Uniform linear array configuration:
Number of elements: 12
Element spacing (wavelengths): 1
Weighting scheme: uniform
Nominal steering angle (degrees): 0
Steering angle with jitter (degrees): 1.25
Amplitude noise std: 0.05
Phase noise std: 0.05

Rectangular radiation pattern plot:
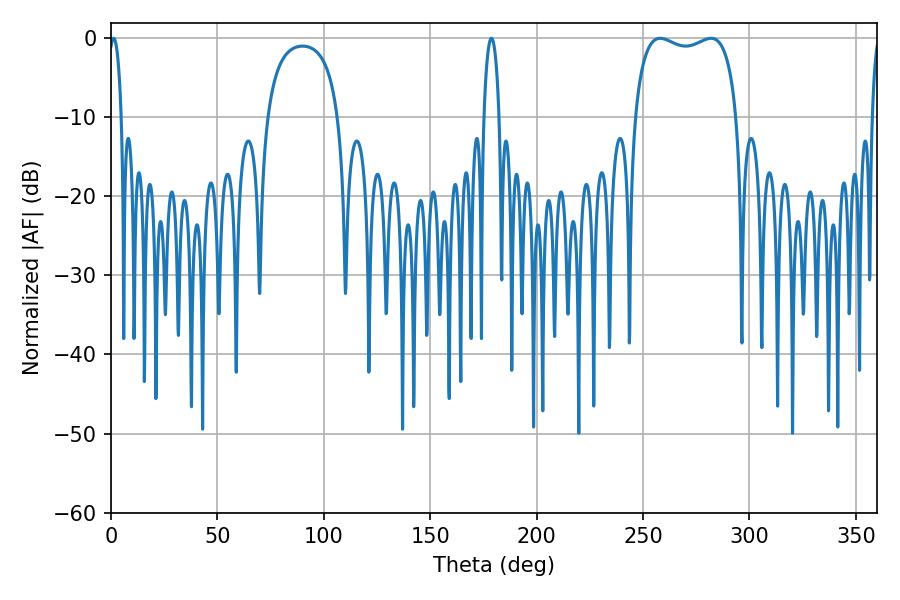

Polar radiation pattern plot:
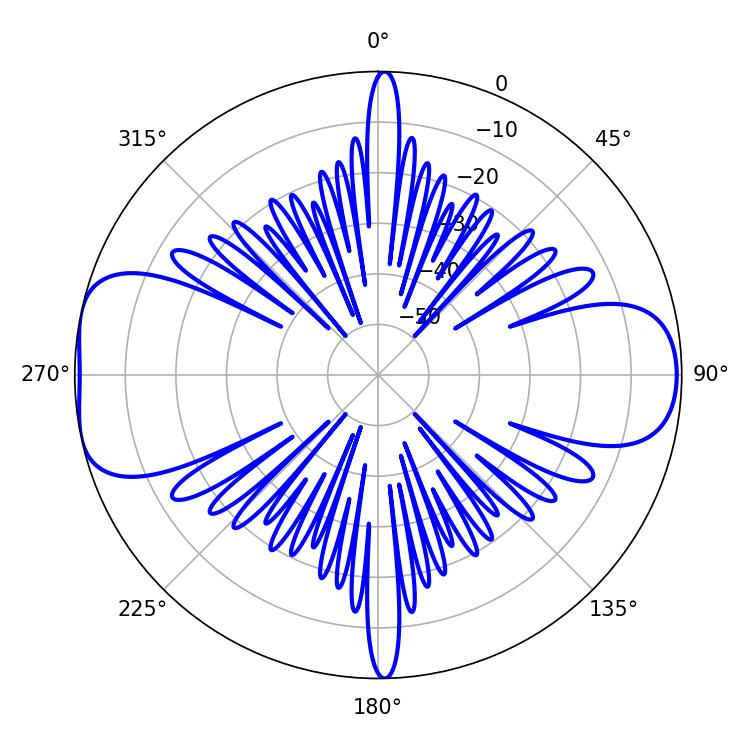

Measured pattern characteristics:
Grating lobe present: TRUE
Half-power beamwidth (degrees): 39.24
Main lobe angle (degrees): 258.12